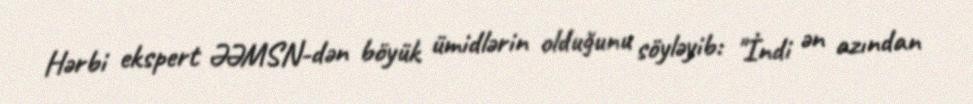
Hərbi ekspert ƏƏMSN-dən böyük ümidlərin olduğunu söyləyib: "İndi ən azından